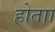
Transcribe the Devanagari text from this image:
होताा